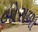
બોરાળા